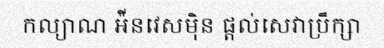
កល្យាណ អ៉ីនវេសម៉ិន ផ្តល់សេវាប្រឹក្សា